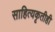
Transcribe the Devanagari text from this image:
साहित्यकृतीही